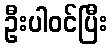
ဦးပါဝင်ပြီး